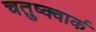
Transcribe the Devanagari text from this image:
चतुष्क्वार्क